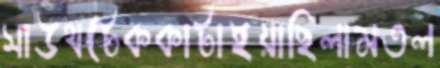
সাউথটেককাটাইয়াছিলামতল